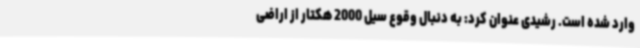
وارد شده است. رشیدی عنوان کرد: به دنبال وقوع سیل 2000 هکتار از اراضی